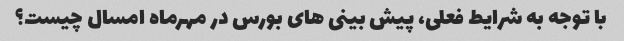
با توجه به شرایط فعلی، پیش بینی های بورس در مهرماه امسال چیست؟